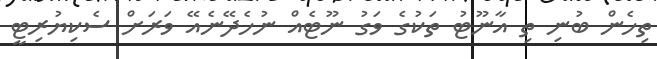
ތިހެން ބުނި ތި އާނޫޓު ތަކުގެ ވަގު ނޫޓެއް ނުހެދޭނެއޭ ވަރަށް ސެކިޔުރިޓީ